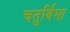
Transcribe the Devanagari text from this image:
चतुर्विमा